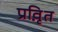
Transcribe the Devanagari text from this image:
प्रवृ़ित